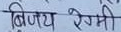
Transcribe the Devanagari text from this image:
विजय रेजमी